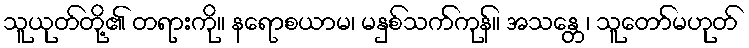
သူယုတ်တို့၏ တရားကို။ နရောစယာမ၊ မနှစ်သက်ကုန်။ အသန္တေ၊ သူတော်မဟုတ်